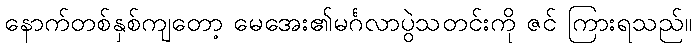
နောက်တစ်နှစ်ကျတော့ မေအေး၏မင်္ဂလာပွဲသတင်းကို ဇင် ကြားရသည်။